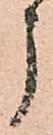
う